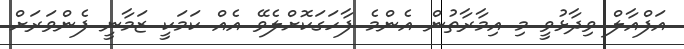
އަފްއާލް ވިދާޅުވީ މި އިމާރާތުން އެންމެ ފާހަގަކޮށްލެވޭ އެއް ކަމަކީ ޒަމާނީ ފެންވަރަށް